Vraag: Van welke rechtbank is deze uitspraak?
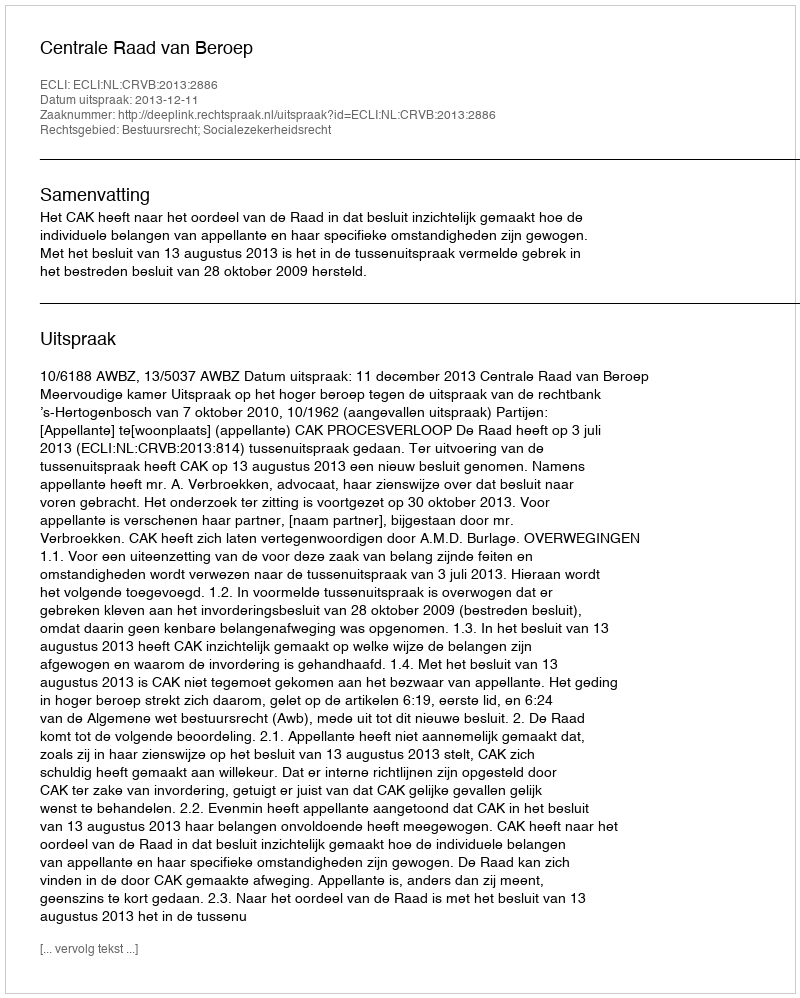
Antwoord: Centrale Raad van Beroep